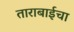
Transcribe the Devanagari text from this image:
ताराबाईचा